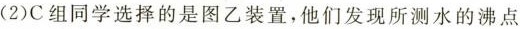
(2)C组同学选择的是图乙装置，他们发现所测水的沸点